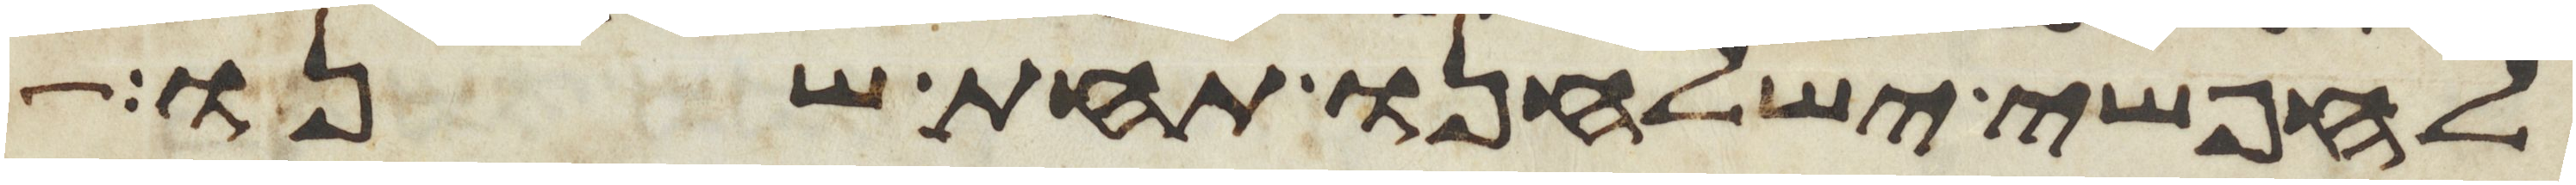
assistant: לחפשי ישלחנו תחת שנו